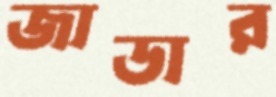
জাডার